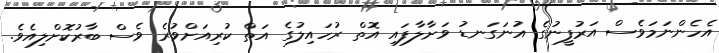
އެހެންނަމަވެސް އަރުފީނުގެ އުނަގަނޑު ވަށާލާފައި އޮތް ރުހައިލުގެ އަތް ކުރިއަށްވުރެ ވެސް ބާރުކޮށްލިއެވެ.